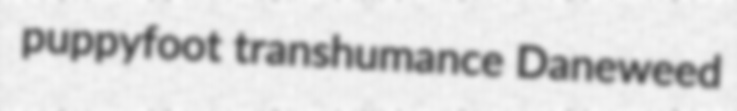
puppyfoot transhumance Daneweed